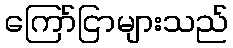
ကြော်ငြာများသည်